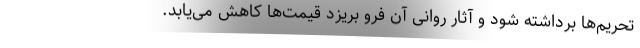
تحریم‌ها برداشته شود و آثار روانی آن فرو بریزد قیمت‌ها کاهش می‌یابد.